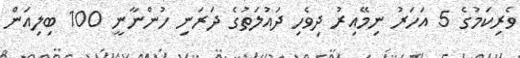
ވެރިކަމުގެ 5 އަހަރު ނިމޭއިރު ދިވެހި ދައުލަތުގެ ދަރަނި ހުންނާނީ 100 ބިލިއަން